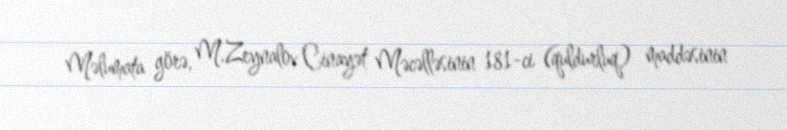
Məlumata görə, M.Zeynalov Cinayət Məcəlləsinin 181-ci (quldurluq) maddəsinin